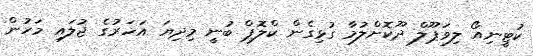
ކުޓީނިއޯ ލިވަޕޫލް ދޫކޮށްލުމާ ގުޅިގެން ކްލޮޕް ބުނީ މިދިޔަ އަހަރުގެ ޖުލައި މަހުން